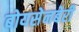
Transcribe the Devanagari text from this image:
बोयसेनबेरी